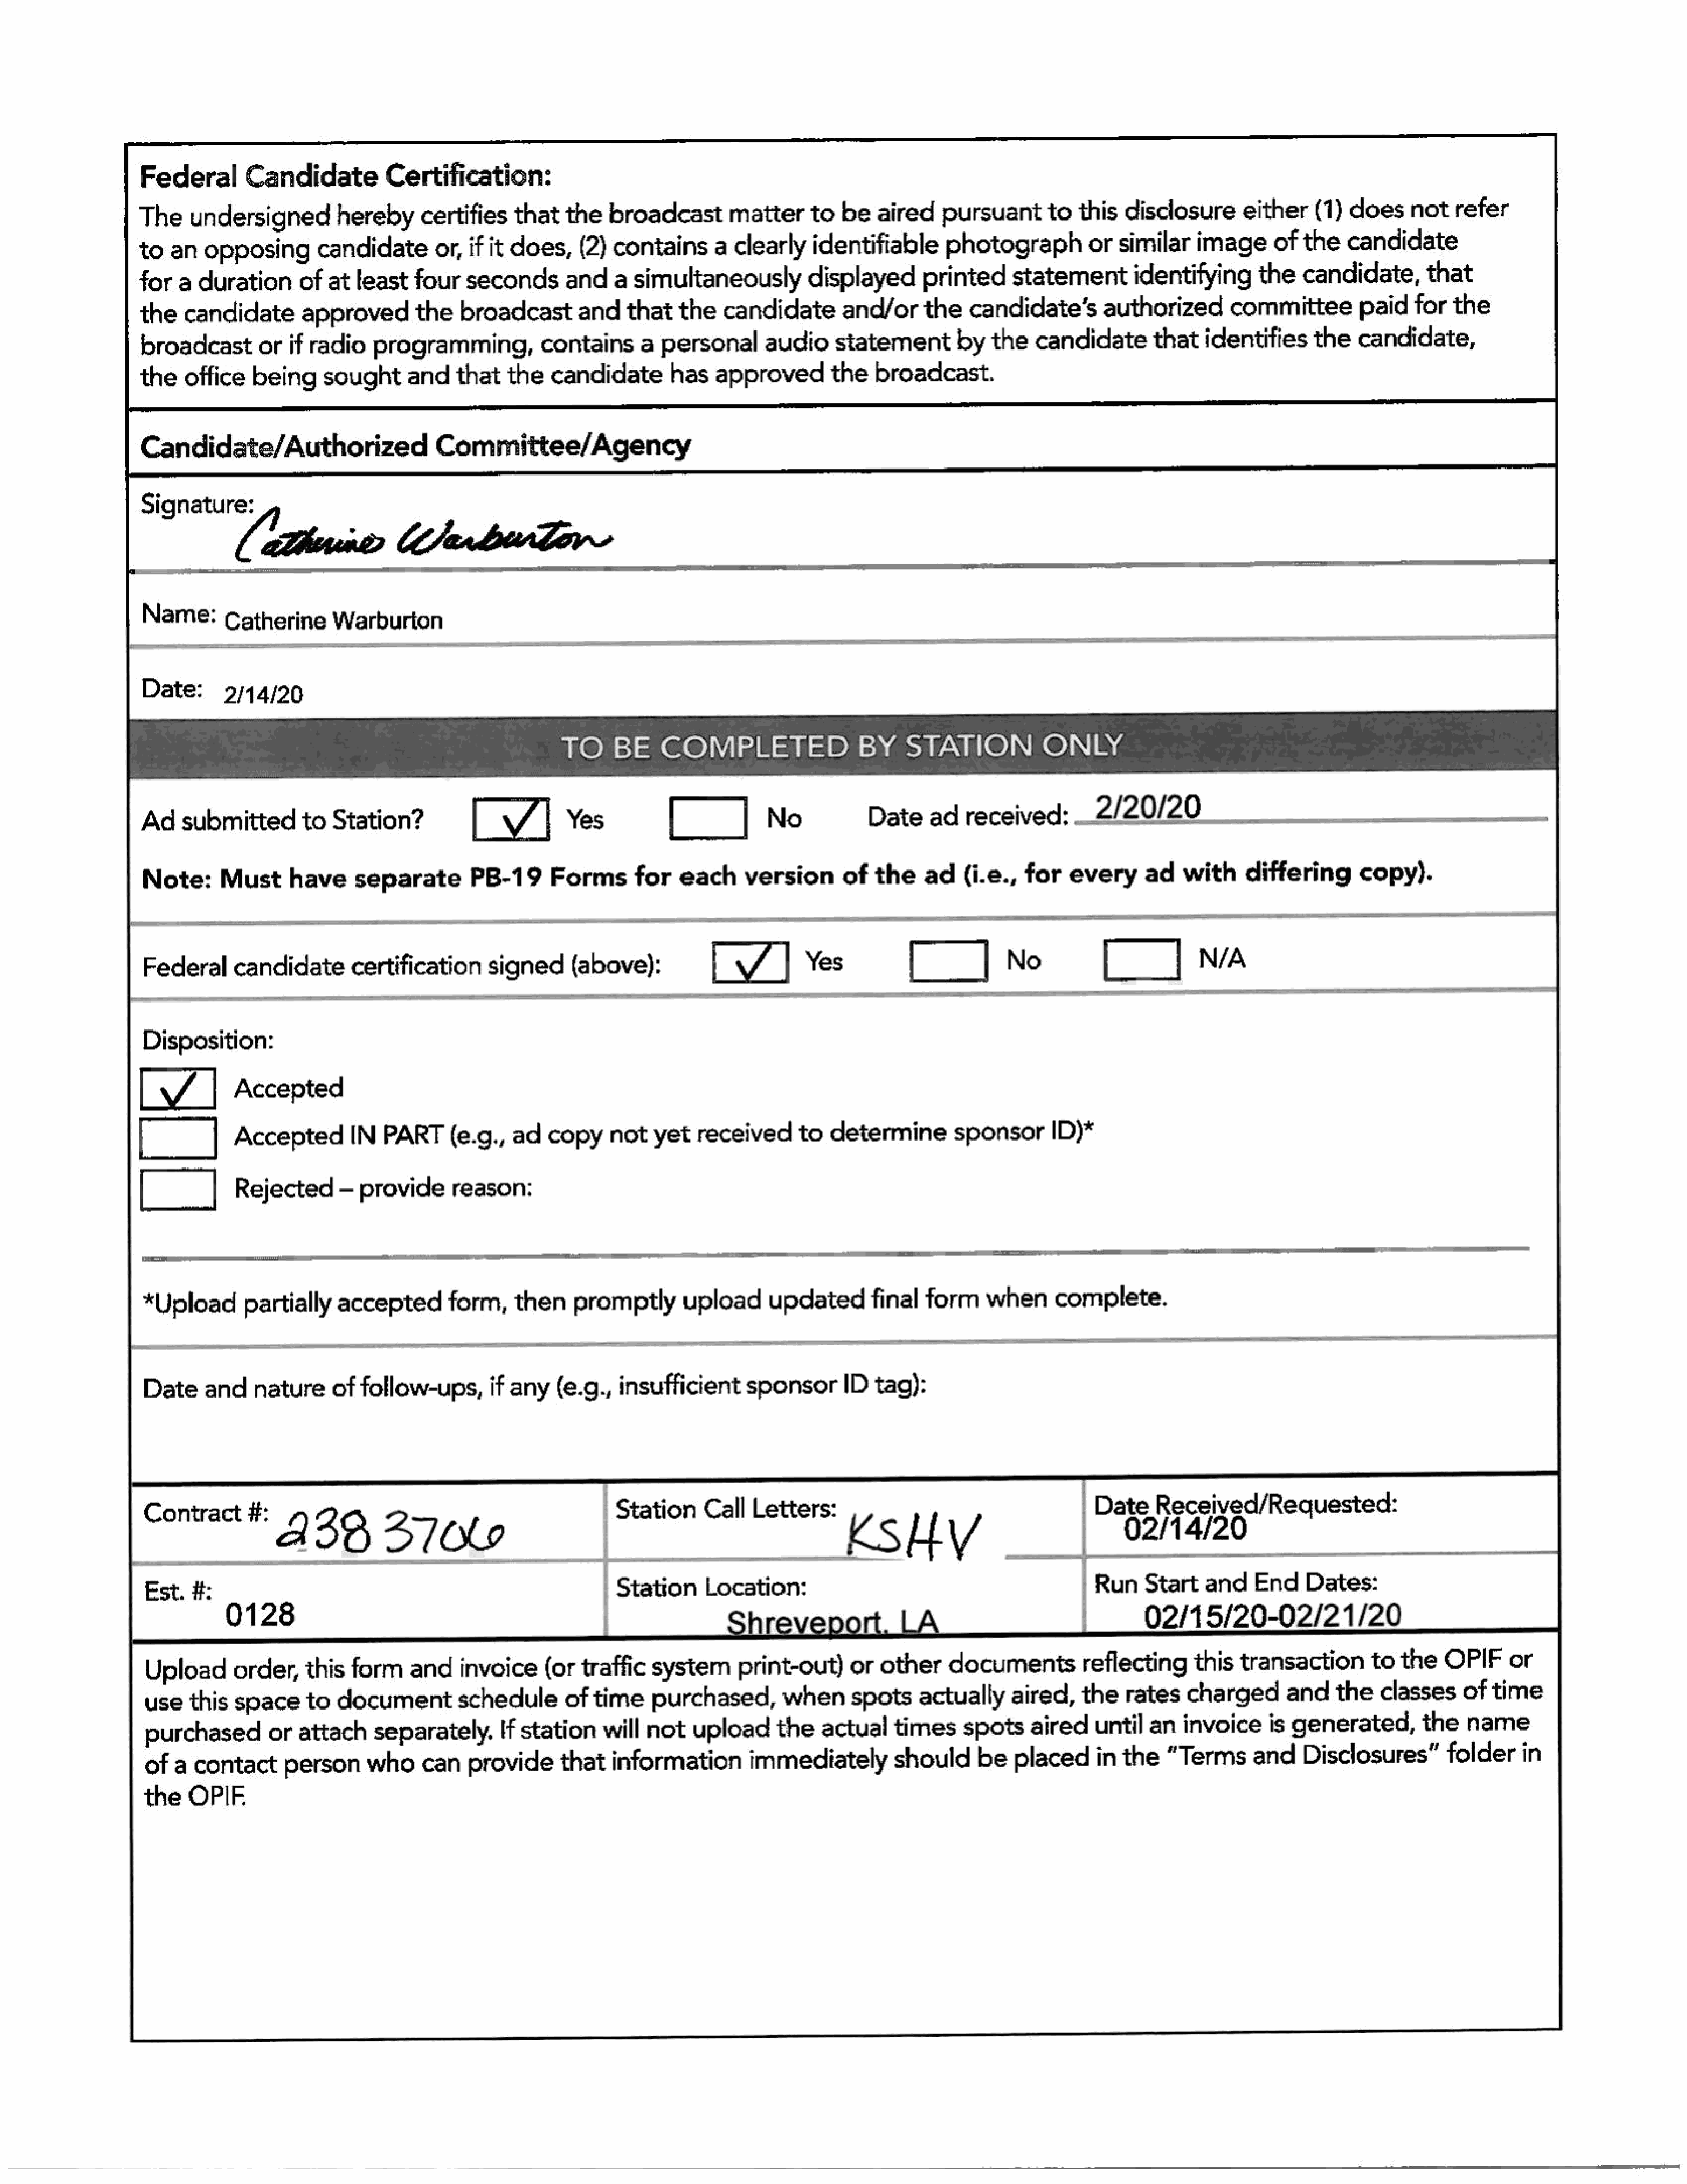
Federal        Candidate           Certification:
 The    undersigned          herebycertifies          that    the   broadcast        matter      to  be   aired     pursuantto         this   disclosure       either    (1)  does     not   refer
 to  an   opposing        candidateor,          if it does,     (2)  contains      a  clearly    identifiable       photographorsimilar                 image      of  the    candidate
 for   a durationof         atleast     four    seconds       and    a  simultaneously          displayed        printed      statementidentifying               the   candidate,that
 the   candidate        approved        the    broadcast        and    that   the   candidate        and/orthe         candidate’s         authorized        committee         paid    for   the
 broadcast        orif   radio    programming,contains                   a personal       audio     statementby            the   candidatethatidentifies                 the   candidate,
 the   office    being     sought      and    that    the   candidate        has   approved         the   broadcast.
 Candidate/Authorized                      Committee/Agency
 Signature:
 Name:       Catherine       Warburton
 Date:       2/14/20
 TO      BE    COMPLETED               BY          STATION            ONLY
 Adsubmitted            to   Station?            [Vv]         Yes            |             No            Date     ad
 received:2/20/2000
 Note:       Must     have      separate        PB-19       Formsfor          each     version       ofthe       ad(i.e.,      for    every      ad   with     differing       copy).
 Federal     candidate        certification       signed      (above):            VA           Yes            |             No            |             N/A
 Disposition:
 [7]          Accepted
 C_]          Accepted         IN   PART     (e.g.,   ad   copy     not   yet    received      to   determine        sponsorID)*
 LC]           Rejected       — provide       reason:
 *Uploadpartially            accepted        form,    then     promptly        upload      updated       final   form     when      complete.
 Date    and    nature      offollow-ups,if          any    (e.g.,   insufficient      sponsorID         tag):
 Contract      #:  a     28        27           /                   Station      Call   Letters:                                       | Dats)RaceyadiRecuanect
 ~ |Station         Gocation:                                             | Run    Start   and    End     Dates:
 #:
 Est.
 |__02/15/20-02/21/20
 0128
 Upload      order,     this  form     and    invoice     (ortraffic     system       print-out)     or   other    documents           reflecting      this  transaction        to  the    OPIF     or
 use   this   space     to  document         schedule        of  time    purchased,         whenspots          actually      aired,the       rates    charged       andtheclasses            of  time
 purchased        orattach       separately,        If station    will   not   upload      the   actual     times     spots    aired    until   an   invoice     is  generated,        the    name
 of  a  contact      person     who     can    providethat          information        immediately          should      be   placedin       the    "Terms      andDisclosures”             folderin
 the   OPIF.